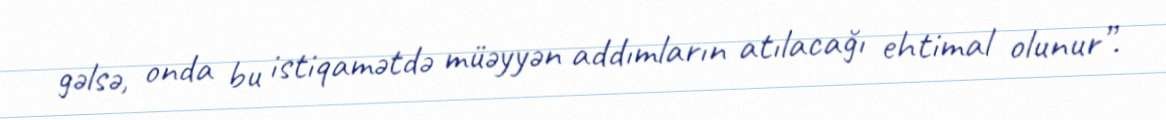
gəlsə, onda bu istiqamətdə müəyyən addımların atılacağı ehtimal olunur”.